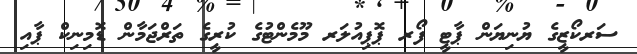
ސަރކޯޒީގެ ޔުނިޔަން ޕާޓީ ފޯރ ޕޮޕިއުލަރ މޫމެންޓުގެ ކުރީގެ ތަރްޖަމާން ޑޮމިނިކް ޕާއި